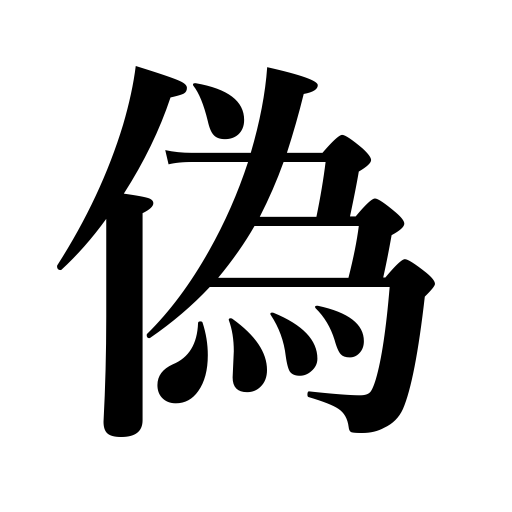
Meanings: lie,deceive,imitation,pretend,forgery,falsity,counterfeit,sham,cheat,false prophet